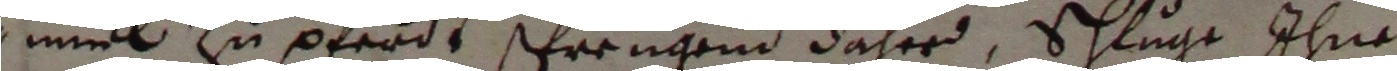
nuel zu pferds sprengend daher, schluge ihne